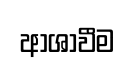
ආශාවීම